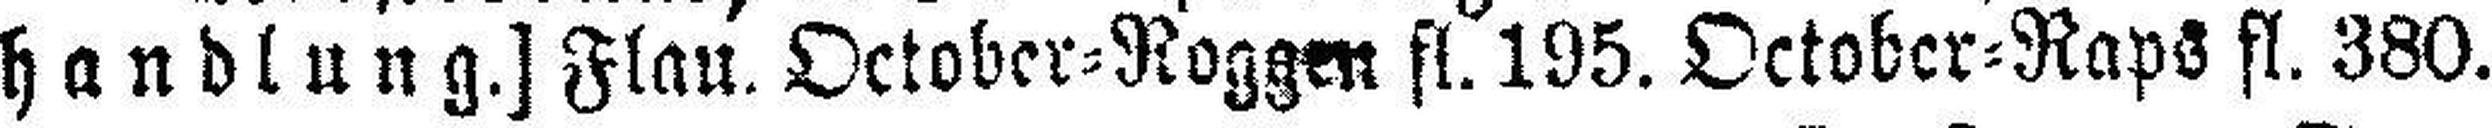
handlung.] Flau. October=Roggen fl. 195. October=Raps fl. 380.